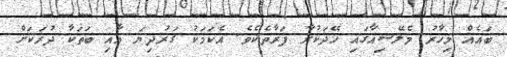
ބައެއް މިހާރު މެލޭޝިއާގައި ހޭދަކުރާ ފަރާތެކެވެ. އެކަމަކު ގަރުދިޔަ އާއި ބަތަކާ ދުރަކަށް